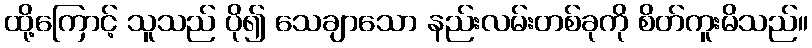
ထို့ကြောင့် သူသည် ပို၍ သေချာသော နည်းလမ်းတစ်ခုကို စိတ်ကူးမိသည်။